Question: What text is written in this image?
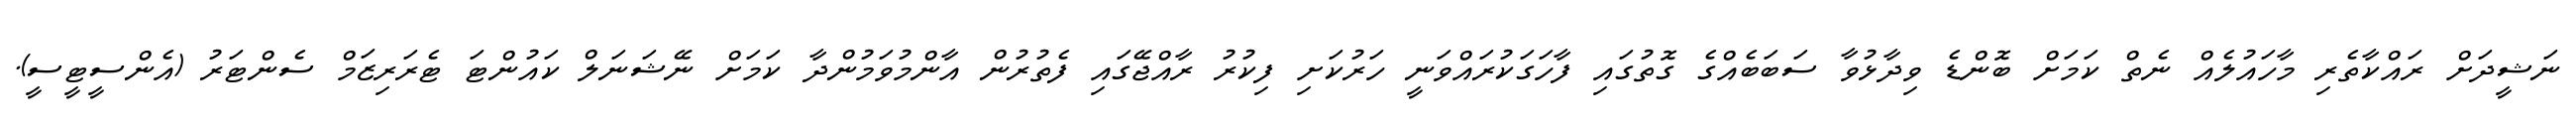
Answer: ނަޝީދަށް ރައްކާތެރި މާހައުލެއް ނެތް ކަމަށް ބޮންޑެ ވިދާޅުވާ ސަބަބެއްގެ ގޮތުގައި ފާހަގަކުރައްވަނީ ހަރުކަށި ފިކުރު ރާއްޖޭގައި ފެތުރުން އާންމުވަމުންދާ ކަމަށް ނޭޝަނަލް ކައުންޓަ ޓެރަރިޒަމް ސެންޓަރު (އެންސީޓީސީ).